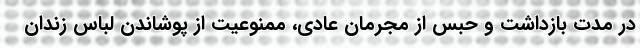
در مدت بازداشت و حبس از مجرمان عادی، ممنوعیت از پوشاندن لباس زندان